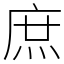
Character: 庶